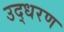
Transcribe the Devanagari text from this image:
उद्‍धरण